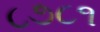
૮૭૮૧